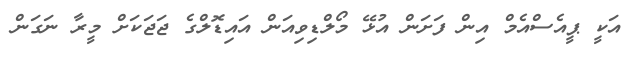
އަކީ ޕީއެސްއެމް އިން ފަށަން އުޅޭ މޯލްޑިވިއަން އައިޑޮލްގެ ޖަޖަކަށް މީރާ ނަގަން